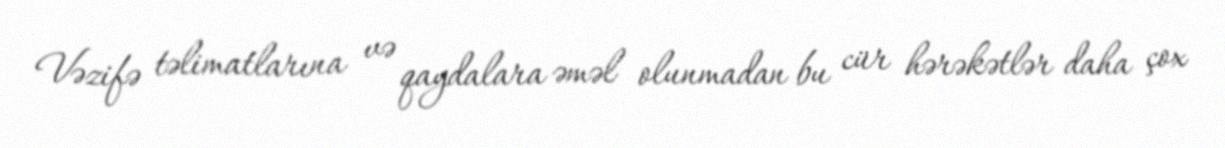
Vəzifə təlimatlarına və qaydalara əməl olunmadan bu cür hərəkətlər daha çox